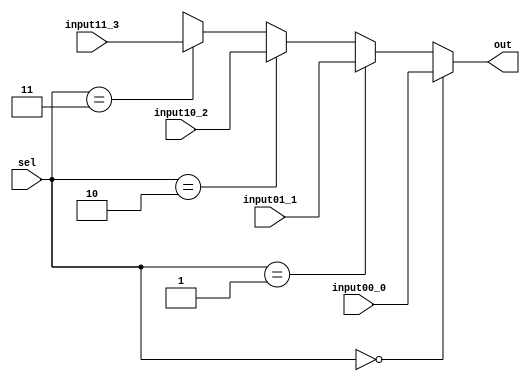
//mux 4 to 1 - 5 bits inputs e output e 2 bits sel
//EntEnd

module mux4to1_5b(input wire [4:0] input00_0, 
                  input wire [4:0] input01_1, 
       	          input wire [4:0] input10_2, 
                  input wire [4:0] input11_3, 
                  input wire [1:0] sel, 
                  output wire [4:0] out);


  assign out = (sel == 2'b00) ? input00_0 : 
               (sel == 2'b01) ? input01_1 :
               (sel == 2'b10) ? input10_2 :
	             (sel == 2'b11) ? input11_3 :
               5'bXXXXX;
  
endmodule